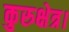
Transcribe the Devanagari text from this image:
कुरुक्षेत्र।